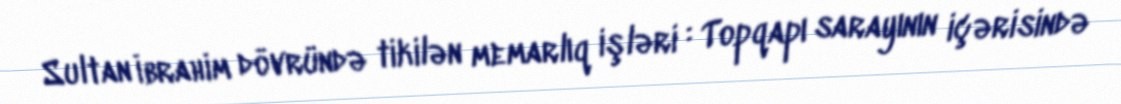
Sultan İbrahim dövründə tikilən memarlıq işləri : Topqapı sarayının içərisində